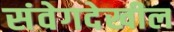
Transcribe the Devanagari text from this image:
संवेगदेखील